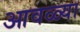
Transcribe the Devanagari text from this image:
आवळ्या